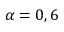
\alpha = 0 , 6